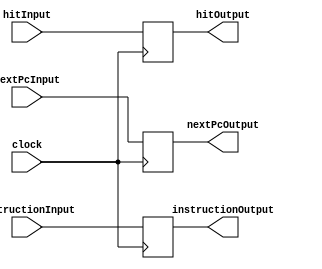
`timescale 1ns / 1ps

module IFID(clock, nextPcInput, instructionInput, hitInput, nextPcOutput, instructionOutput, hitOutput);


	input hitInput;
	input clock;
	input [31:0] instructionInput;
	input [31:0] nextPcInput;
	
	output reg [31:0] nextPcOutput;
	output reg [31:0] instructionOutput;
	output reg hitOutput;
	
	initial
	begin
		instructionOutput = 32'bx;
	end
	
	always @(negedge clock )
	begin
			instructionOutput = instructionInput;
			nextPcOutput = nextPcInput;
			hitOutput = hitInput;	
	end


endmodule